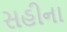
સહીના